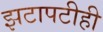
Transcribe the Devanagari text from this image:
झटापटीही